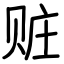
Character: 赃